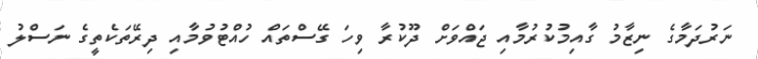
ނަރުދަމާގެ ނިޒާމު ގާއިމުކުރުމާއި ޖައްވަށް ދޫކުރާ ވިހަ ގޭސްތައް ހުއްޓުވުމާއި ދިރޭތަކެތީގެ ނަސްލު